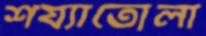
শয্যাতোলা